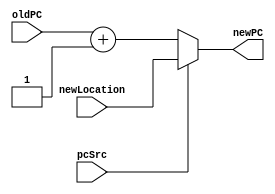
module PCSrc(oldPC, newLocation, pcSrc, newPC);

input [31:0] oldPC;
input [31:0] newLocation; 
input pcSrc;
output [31:0] newPC;

assign newPC = (pcSrc==0)? (oldPC+1) : (newLocation);

endmodule